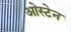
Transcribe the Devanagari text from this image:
ओस्टेन